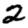
Digit: 2